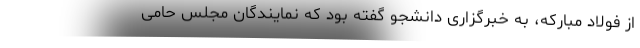
از فولاد مبارکه، به خبرگزاری دانشجو گفته بود که نمایندگان مجلس حامی